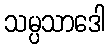
သမ္ပသာဒေါ